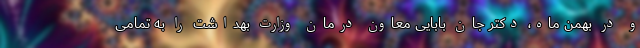
و در بهمن ماه، دکتر جان بابایی معاون درمان وزارت بهداشت را به تمامی